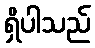
ရှိပါသည်